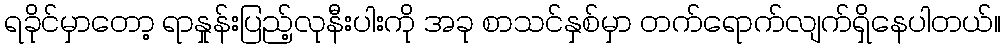
ရခိုင်မှာတော့ ရာနှုန်းပြည့်လုနီးပါးကို အခု စာသင်နှစ်မှာ တက်ရောက်လျက်ရှိနေပါတယ်။